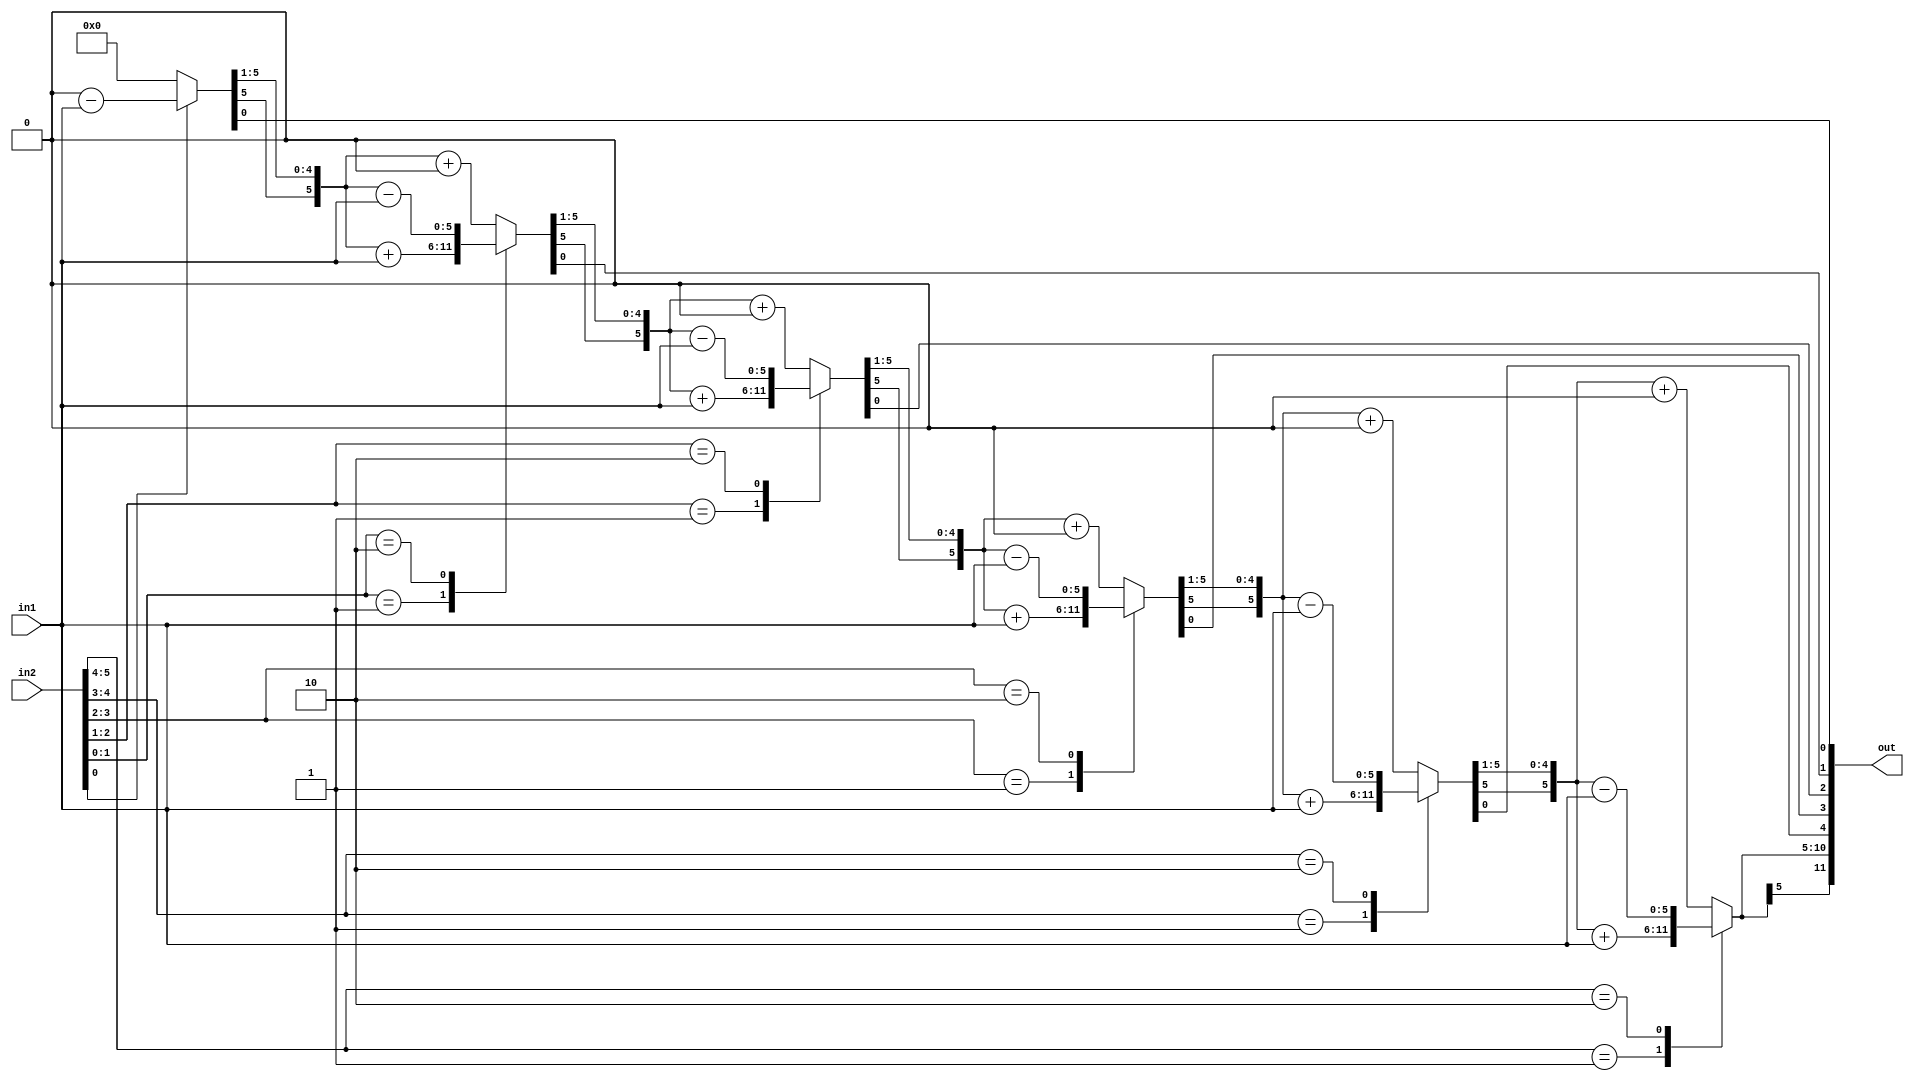
`timescale 1ns / 10ps
module booth(out, in1, in2);

parameter width = 6;

input  	[width-1:0]   in1; //multiplicand
input  	[width-1:0]   in2; //multiplier
output  [2*width-1:0] out; //product


/*write your code here*/
reg     [2*width:0] p;
integer i;

assign out = p[2*width:1];

always@ (in1 or in2) begin
    p = {{width{1'b0}}, in2, 1'b0};
    for(i = 0; i < width; i = i + 1) begin
        case(p[1:0])
            2'b01: p[2*width:width+1] = p[2*width:width+1] + in1;
            2'b10: p[2*width:width+1] = p[2*width:width+1] - in1;
            default: p[2*width:width+1] = p[2*width:width+1] + {width{1'b0}};
        endcase
        p = {p[2*width], p} >> 1;
    end
end

endmodule